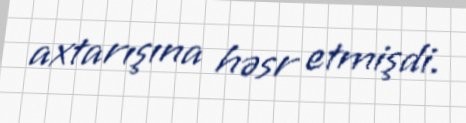
axtarışına həsr etmişdi.